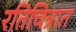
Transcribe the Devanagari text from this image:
रतिचित्रात